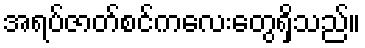
အရပ်ဇာတ်စင်ကလေးတွေရှိသည်။